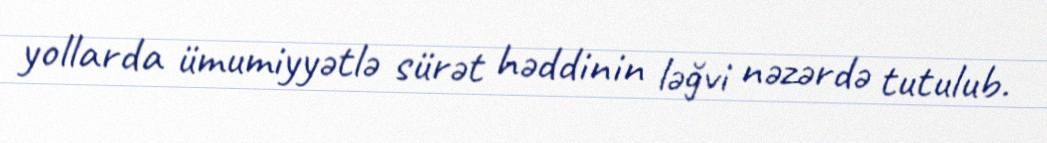
yollarda ümumiyyətlə sürət həddinin ləğvi nəzərdə tutulub.